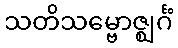
သတိသမ္ဗောဇ္ဈင်္ဂံ